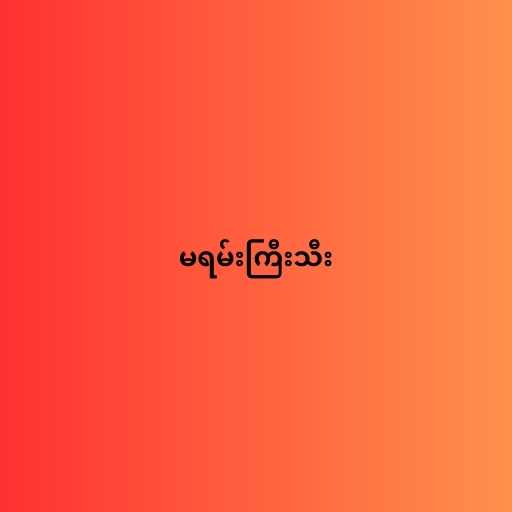
မရမ်းကြီးသီး